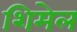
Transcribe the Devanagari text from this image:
शिमेल